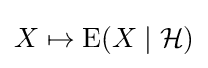
X\mapsto \operatorname {E} (X\mid {\mathcal {H}})